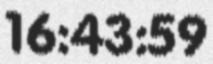
16:43:59